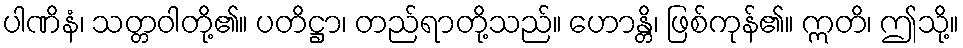
ပါဏိနံ၊ သတ္တဝါတို့၏။ ပတိဋ္ဌာ၊ တည်ရာတို့သည်။ ဟောန္တိ၊ ဖြစ်ကုန်၏။ ဣတိ၊ ဤသို့။